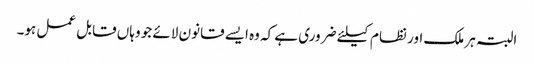
البتہ ہر ملک اور نظام کیلئے ضروری ہے کہ وه ایسے قانون لائے جو وہاں قابل عمل ہو۔